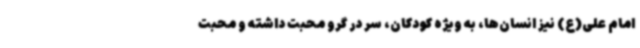
امام علی(ع) نیز انسان‌ها، به ویژه کودکان، سر در گرو محبت داشته و محبت